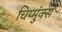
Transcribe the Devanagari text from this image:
चिप्मुंक्स